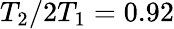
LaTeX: T_{2}/2T_{1}=0.92